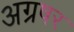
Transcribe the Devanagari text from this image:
अग्रषर